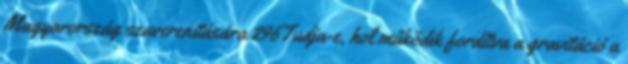
Magyarország szuverenitására 296Tudja-e, hol működik fordítva a gravitáció a